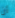
أن